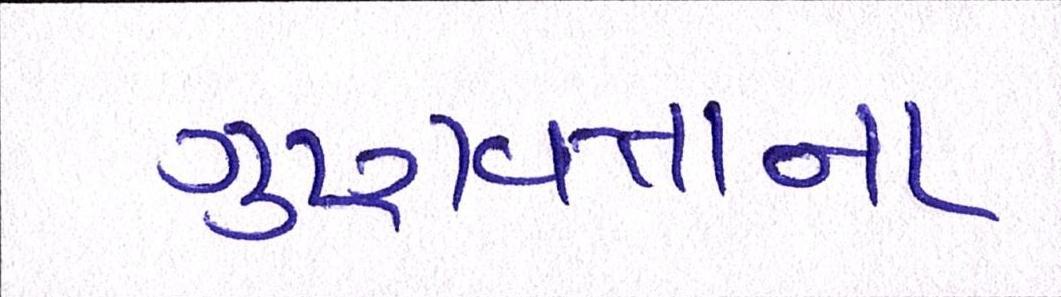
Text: ગુણવત્તાના